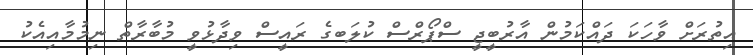
އިތުރަށް ވާހަކަ ދައްކަމުން އާރުބީޖީ ސްޕޯރްސް ކުލަބގެ ރައީސް ވިދާޅުވީ މުބާރާތް ނިމުމާއިއެކު